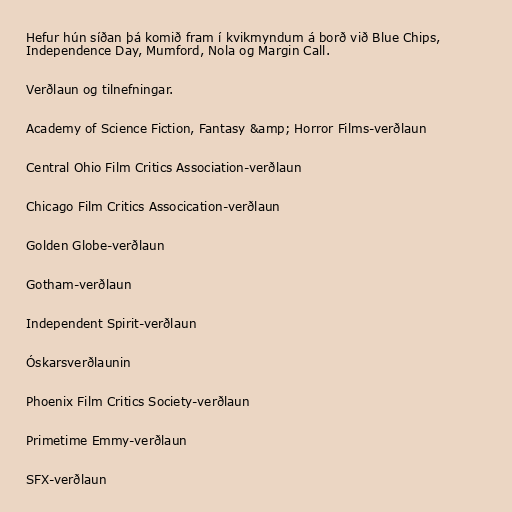
Hefur hún síðan þá komið fram í kvikmyndum á borð við Blue Chips,
Independence Day, Mumford, Nola og Margin Call.

Verðlaun og tilnefningar.

Academy of Science Fiction, Fantasy &amp; Horror Films-verðlaun

Central Ohio Film Critics Association-verðlaun

Chicago Film Critics Assocication-verðlaun

Golden Globe-verðlaun

Gotham-verðlaun

Independent Spirit-verðlaun

Óskarsverðlaunin

Phoenix Film Critics Society-verðlaun

Primetime Emmy-verðlaun

SFX-verðlaun